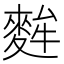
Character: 麰